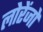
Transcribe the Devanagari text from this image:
लोरेंजों